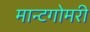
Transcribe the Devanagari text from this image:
मान्टगोमरी